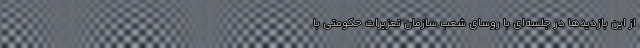
از این بازدیدها در جلسه‌ای با روسای شعب سازمان تعزیرات حکومتی با